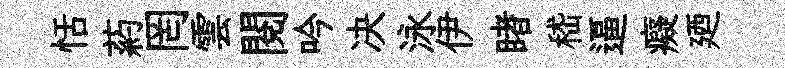
恬葯罔雲閲吟决泳伊睹嵇逼癡廼